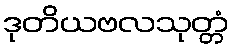
ဒုတိယဗလသုတ္တံ